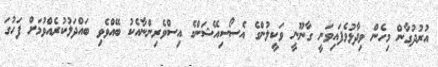
އުރުދުގާން މިހެން ވިދާޅުވެފައިވަނީ ގާނޫނީ ވަކީލުންގެ އެސޯސިއޭޝަންގެ އިސްވެރިންނާއެކު ބޭއްވެވި ބައްދަލުކުރެއްވުމަށް ފަހުގަ